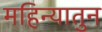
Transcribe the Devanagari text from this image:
महिन्यातुन